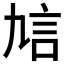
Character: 𧥠